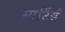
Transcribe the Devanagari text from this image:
मार्टिर्स